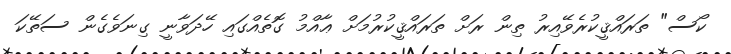
ކޯސް" ތަރައްޤީކުރެވޭއިރު ތިން ރަށް ތަރައްޤީކުރުމަށް ޢާއްމު ގޮތެއްގައި ހޭދަވާނީ ގިނަވެގެން ސަތޭކަ